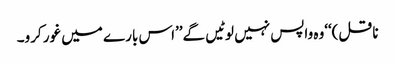
ناقل)‘‘وہ واپس نہیں لوٹیں گے’’اس بارے میں غور کرو۔